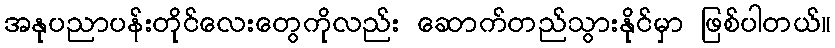
အနုပညာပန်းတိုင်လေးတွေကိုလည်း ဆောက်တည်သွားနိုင်မှာ ဖြစ်ပါတယ်။